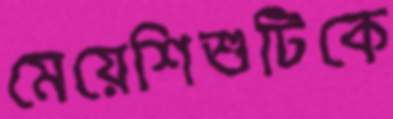
মেয়েশিশুটিকে